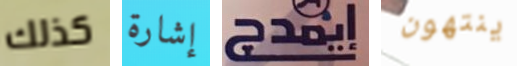
كذلك إشارة إيمدج ينتهون